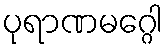
ပုရာဏမဂ္ဂေါ